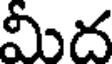
మీద